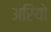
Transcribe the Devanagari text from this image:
अरियो